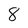
Character: 8